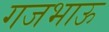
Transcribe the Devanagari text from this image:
गजभाऊ